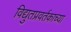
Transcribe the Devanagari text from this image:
विद्युतप्रवर्तकाच्या